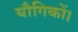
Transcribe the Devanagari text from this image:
यौगिकों।